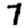
Digit: 7